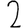
Digit: 2